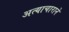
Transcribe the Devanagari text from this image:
अत्याचाराने